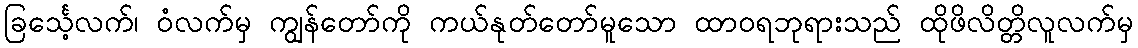
ခြင်္သေ့လက်၊ ဝံလက်မှ ကျွန်တော်ကို ကယ်နုတ်တော်မူသော ထာဝရဘုရားသည် ထိုဖိလိတ္တိလူလက်မှ